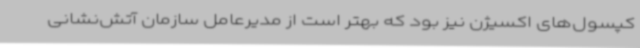
کپسول‌های اکسیژن نیز بود که بهتر است از مدیرعامل سازمان آتش‌نشانی